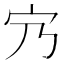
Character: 𡦺